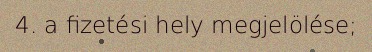
4. a fizetési hely megjelölése;